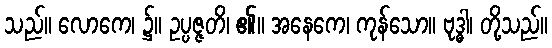
သည်။ လောကေ၊ ၌။ ဥပ္ပဇ္ဇတိ၊ ၏။ အနေကေ၊ ကုန်သော။ ဗုဒ္ဓါ၊ တို့သည်။